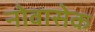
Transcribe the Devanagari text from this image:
नोवासेक